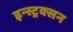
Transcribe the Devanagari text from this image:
इन्स्ट्रक्सन